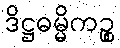
ဒိဋ္ဌဓမ္မိကဉ္စ